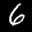
Label: 6